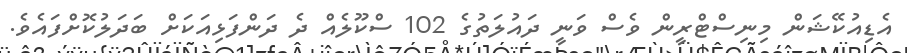
އެޑިއުކޭޝަން މިނިސްޓްރީން ވެސް ވަނީ ދައުލަތުގެ 102 ސްކޫލެއް ދެ ދަންފަޅިއަކަށް ބަދަލުކޮށްފައެވެ.